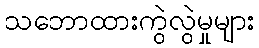
သဘောထားကွဲလွဲမှုများ